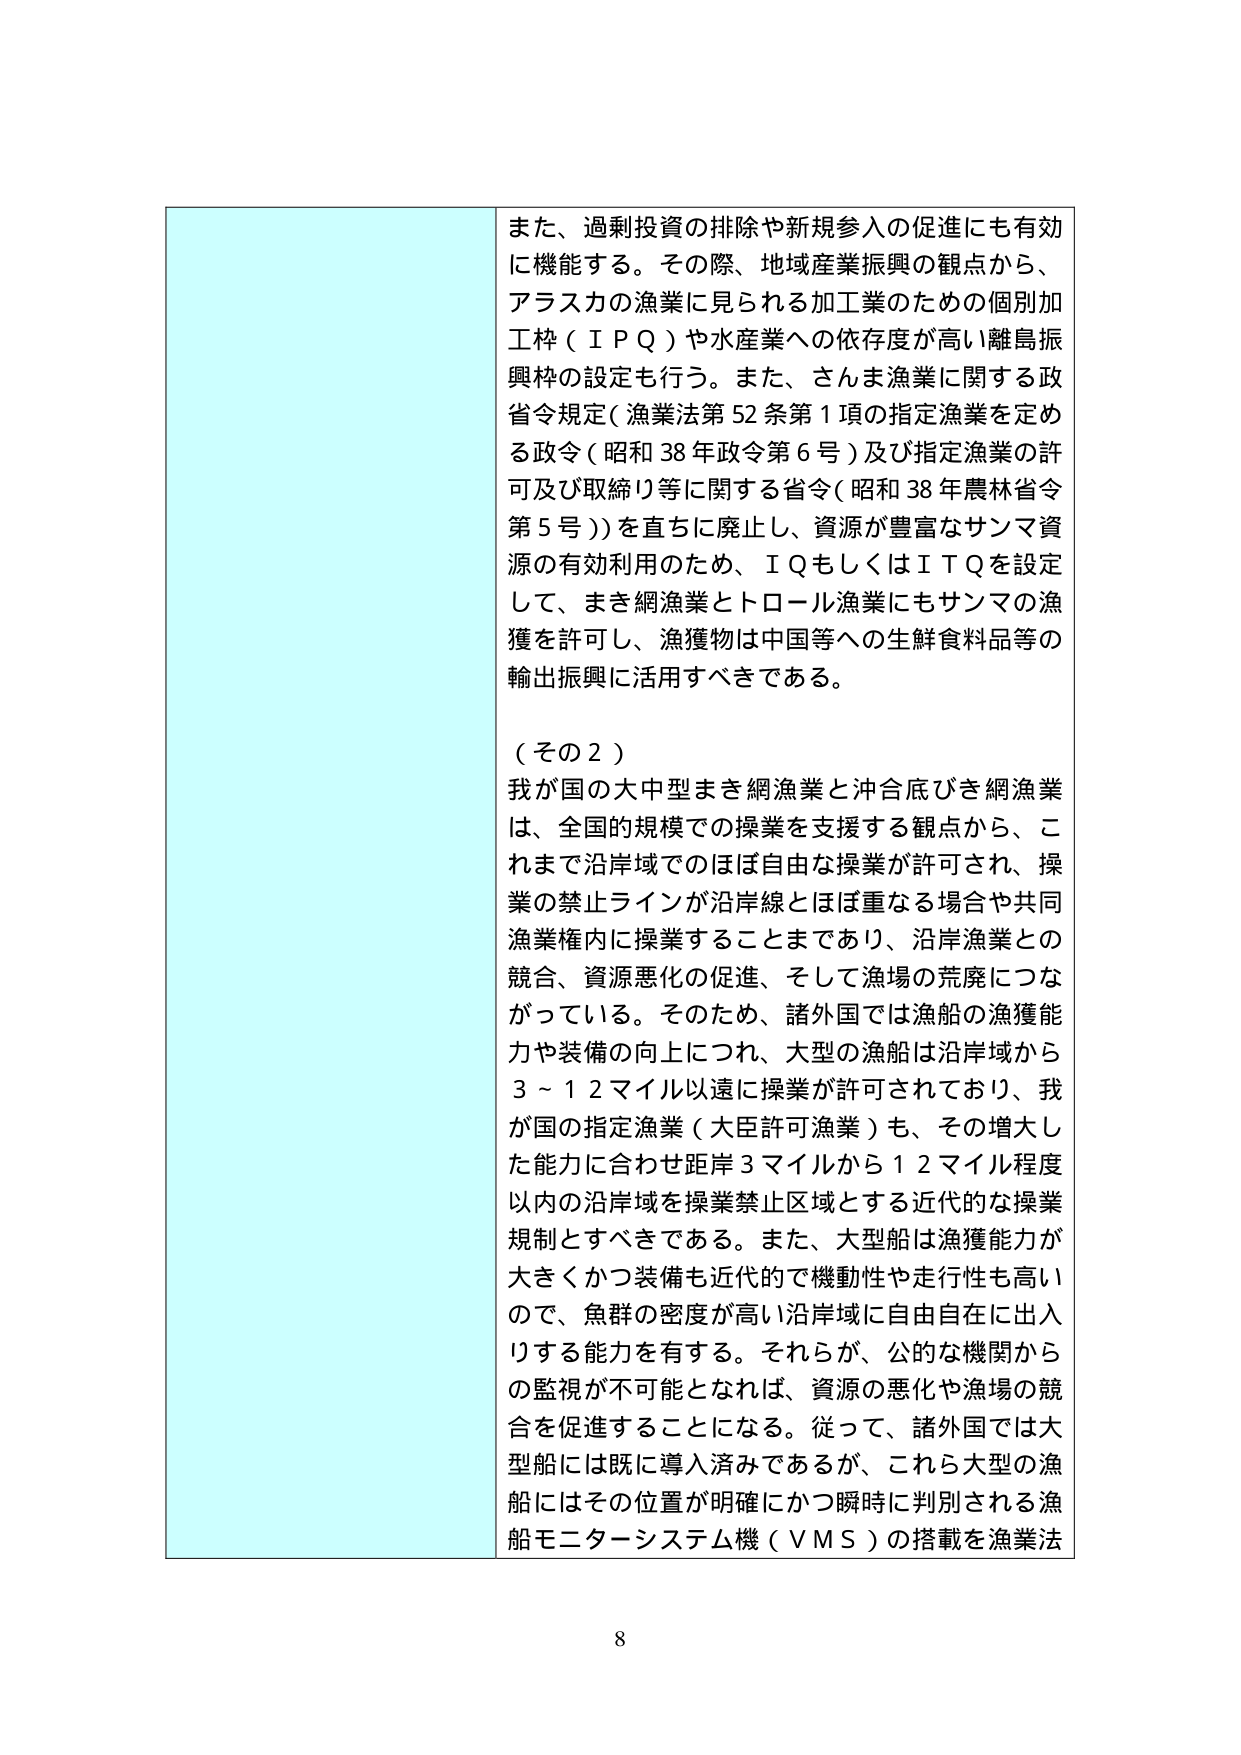
また、過剰投資の排除や新規参入の促進にも有効に機能する。その際、地域産業振興の観点から、アラスカの漁業に見られる加工業のための個別加工枠（ＩＰＱ）や水産業への依存度が高い離島振興枠の設定も行う。また、さんま漁業に関する政省令規定（漁業法第52条第1項の指定漁業を定める政令（昭和38年政令第6号）及び指定漁業の許可及び取締り等に関する省令（昭和38年農林省令第5号））を直ちに廃止し、資源が豊富なサンマ資源の有効利用のため、ＩＱもしくはＩＴＱを設定して、まき網漁業とトロール漁業にもサンマの漁獲を許可し、漁獲物は中国等への生鮮食料品等の輸出振興に活用すべきである。

（その２）
我が国の大中型まき網漁業と沖合底びき網漁業は、全国的規模での操業を支援する観点から、これまで沿岸域でのほぼ自由な操業が許可され、操業の禁止ラインが沿岸線とほぼ重なる場合や共同漁業権内に操業することまであり、沿岸漁業との競合、資源悪化の促進、そして漁場の荒廃につながっている。そのため、諸外国では漁船の漁獲能力や装備の向上につれ、大型の漁船は沿岸域から3～12マイル以遠に操業が許可されており、我が国の指定漁業（大臣許可漁業）も、その増大した能力に合わせ距岸3マイルから12マイル程度以内の沿岸域を操業禁止区域とする近代的な操業規制とすべきである。また、大型船は漁獲能力が大きくかつ装備も近代的で機動性や走行性も高いので、魚群の密度が高い沿岸域に自由自在に出入りする能力を有する。それらが、公的な機関からの監視が不可能となれば、資源の悪化や漁場の競合を促進することになる。従って、諸外国では大型船には既に導入済みであるが、これら大型の漁船にはその位置が明確にかつ瞬時に判別される漁船モニターシステム機（ＶＭＳ）の搭載を漁業法

8